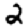
Digit: 2